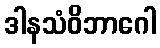
ဒါနသံဝိဘာဂေါ